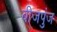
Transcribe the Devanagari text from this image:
बीजपुंज